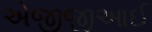
એજીજીઆઈ